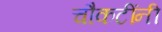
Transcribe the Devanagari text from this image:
चौकटींनी